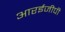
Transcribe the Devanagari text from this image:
आरईजीपी